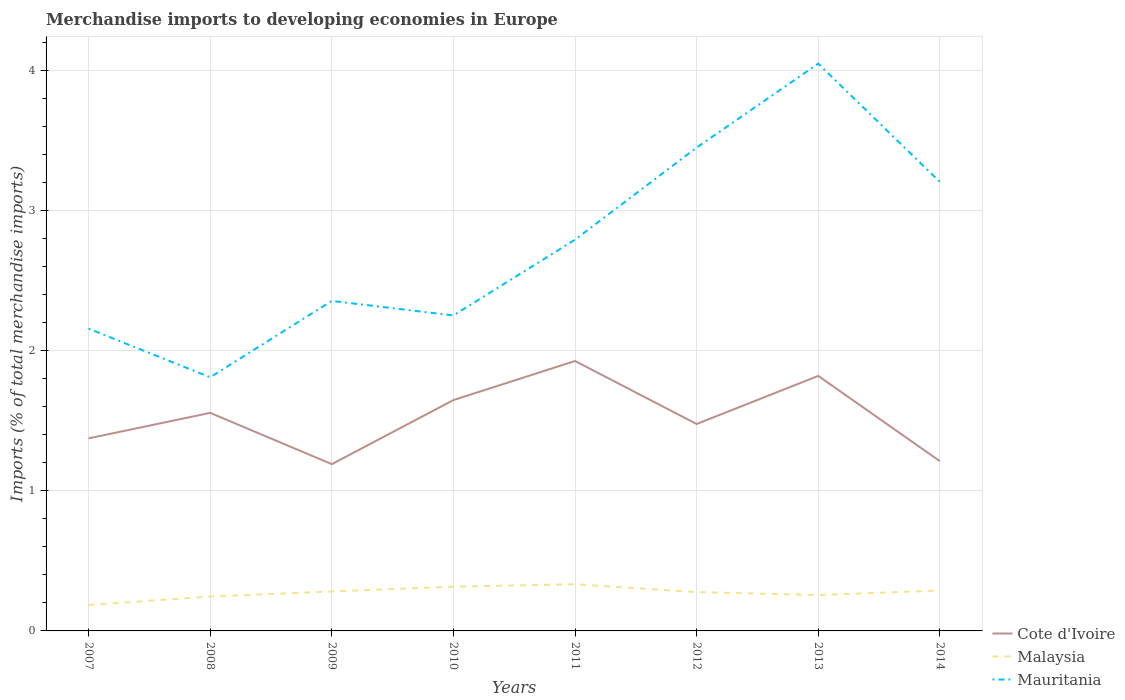
| Years | Cote d'Ivoire | Malaysia | Mauritania |
 | --- | --- | --- | --- |
 | 2007 | 1.37 | 0.185 | 2.16 |
 | 2008 | 1.56 | 0.246 | 1.81 |
 | 2009 | 1.19 | 0.282 | 2.36 |
 | 2010 | 1.65 | 0.316 | 2.25 |
 | 2011 | 1.93 | 0.333 | 2.79 |
 | 2012 | 1.48 | 0.277 | 3.45 |
 | 2013 | 1.82 | 0.256 | 4.05 |
 | 2014 | 1.21 | 0.289 | 3.21 |